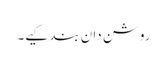
روشن دان بند کیے۔